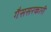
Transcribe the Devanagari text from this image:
गैससरकारी